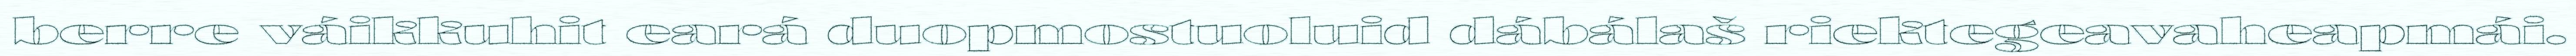
berre váikkuhit eará duopmostuoluid dábálaš riektegeavaheapmái.